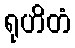
ရုဟိတံ